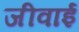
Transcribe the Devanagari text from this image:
जीवाई